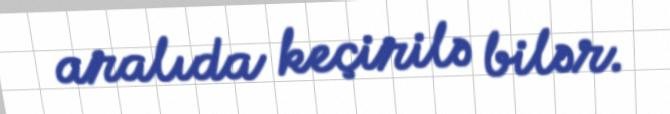
aralıda keçirilə bilər.